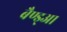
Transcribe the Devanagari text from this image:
बैण्ड्आ